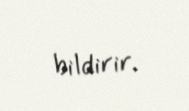
bildirir.